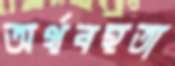
অর্থবহতা